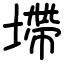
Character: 墆